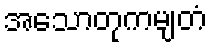
အသောတုကမျတံ